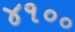
૪૧૦૦